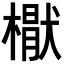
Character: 𣚕